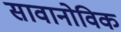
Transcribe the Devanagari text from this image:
सावानोविक